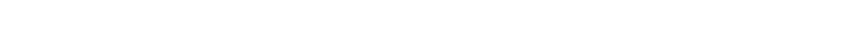
သုံးစွဲနိုင်အောင် လုပ်ဆောင်နေ သူများကို လေ့လာကြည့်ရာတွင် ထင်ရှားသောကြိုးပမ်းမှု တစ်ခုဖြစ်သည်။